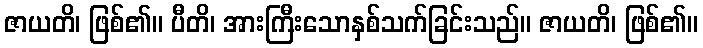
ဇာယတိ၊ ဖြစ်၏။ ပီတိ၊ အားကြီးသောနှစ်သက်ခြင်းသည်။ ဇာယတိ၊ ဖြစ်၏။